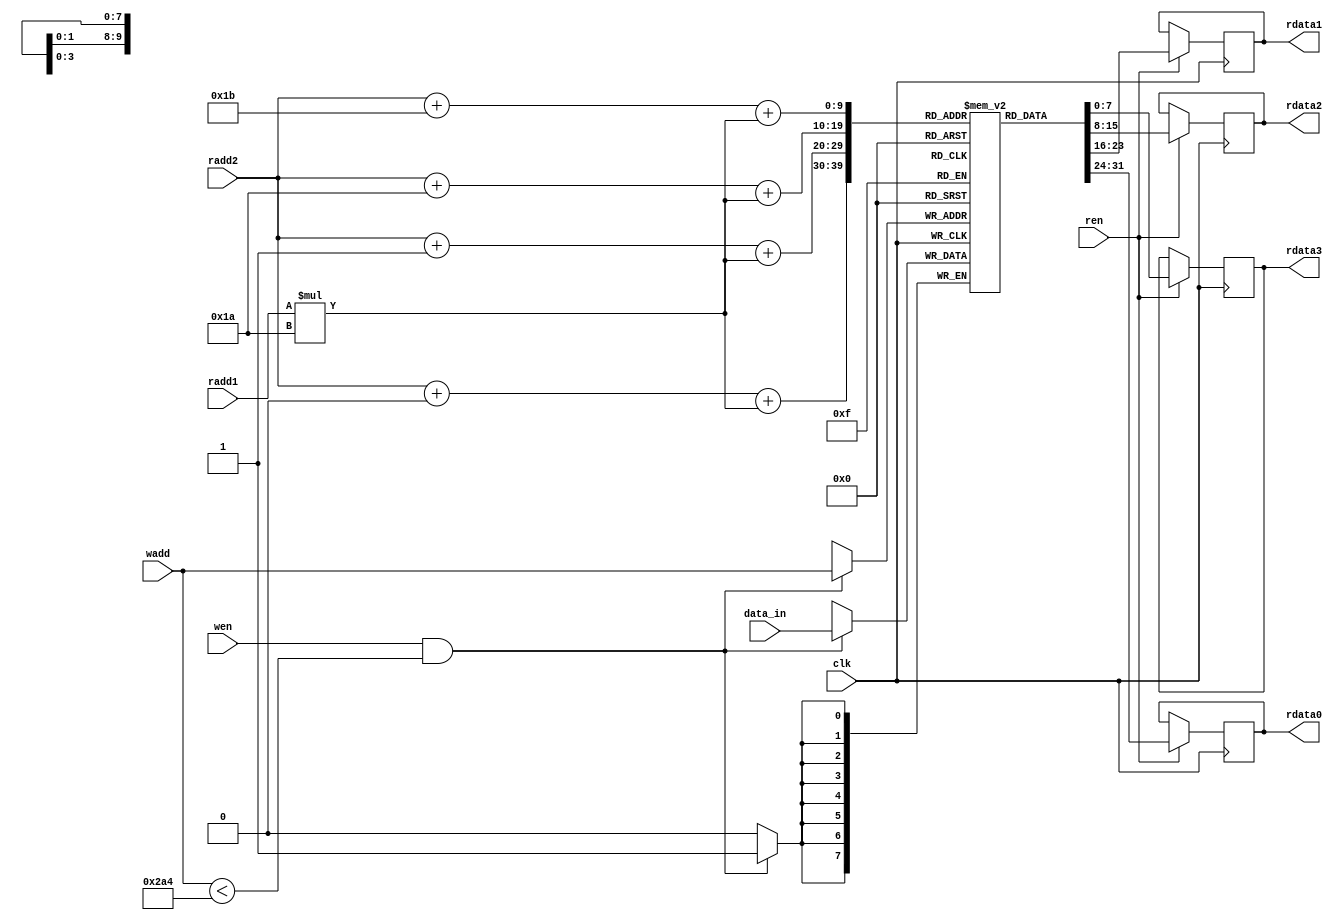
`timescale 1ns / 1ps
//////////////////////////////////////////////////////////////////////////////////
// Company: 
// Engineer: 
// 
// Design Name: 
// Module Name: memory_rstl_conv_1
// Project Name: 
// Target Devices: 
// Tool Versions: 
// Description: 
// 
// Dependencies: 
// 
// Revision:
// Revision 0.01 - File Created
// Additional Comments:
// 
//////////////////////////////////////////////////////////////////////////////////


module memory_rstl_conv_1
#(
    //memory_rstl_conv
    parameter n_c = 5'd26,  //number of column matrix image 
    parameter n_r = 5'd26,  //number of rows matrix image 
    parameter numWeightRstlConv = 676,
    parameter addressWidthRstlConv = 10, 
    parameter dataWidthRstlConv = 8
)
( 
    input clk,
    input wen,
    input ren,
    input [addressWidthRstlConv-1:0] wadd,
    input [addressWidthRstlConv-1:0] radd1,
    input [addressWidthRstlConv-1:0] radd2,
    input signed [dataWidthRstlConv-1:0] data_in,

    output reg [dataWidthRstlConv-1:0] rdata0,
    output reg [dataWidthRstlConv-1:0] rdata1,
    output reg [dataWidthRstlConv-1:0] rdata2,
    output reg [dataWidthRstlConv-1:0] rdata3 

);
    
    reg [dataWidthRstlConv-1:0] mem [numWeightRstlConv-1:0];

    wire [11-1:0] p_img_0;
    wire [11-1:0] p_img_1;
    wire [11-1:0] p_img_2;
    wire [11-1:0] p_img_3;
    
//    assign p_img_0 = (0+radd1)*(n_c) + (0+radd2);
//    assign p_img_1 = (0+radd1)*(n_c) + (1+radd2);
//    assign p_img_2 = (1+radd1)*(n_c) + (0+radd2);
//    assign p_img_3 = (1+radd1)*(n_c) + (1+radd2);  
    
    assign p_img_0 = (radd2 + 0) + (radd1*n_c);
    assign p_img_1 = (radd2 + 1) + (radd1*n_c);
    assign p_img_2 = (radd2 + 26) + (radd1*n_c);
    assign p_img_3 = (radd2 + 27) + (radd1*n_c);        


    always @(posedge clk)
	begin
	   if (wen & (wadd < numWeightRstlConv))
	   begin
	       mem[wadd] <= data_in;
	       $display("wadd1, %d",wadd,data_in); 

	   end
	end 
    
    always @(posedge clk)
    begin
        if (ren)
        begin
            rdata0 <= mem[p_img_0];
            rdata1 <= mem[p_img_1];
            rdata2 <= mem[p_img_2];
            rdata3 <= mem[p_img_3];
        end
    end 
endmodule